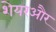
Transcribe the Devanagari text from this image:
शेयरऔर